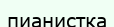
пианистка